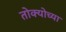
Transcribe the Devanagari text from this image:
तोक्योच्या